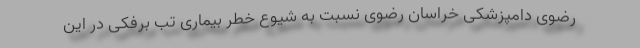
رضوی دامپزشکی خراسان رضوی نسبت به شیوع خطر بیماری تب برفکی در این